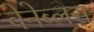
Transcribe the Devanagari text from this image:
वेनेब्लस